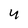
Character: 4